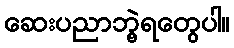
ဆေးပညာဘွဲ့ရတွေပါ။